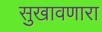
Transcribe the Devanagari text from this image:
सुखावणारा